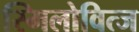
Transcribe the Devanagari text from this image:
स्मिलोवित्ज